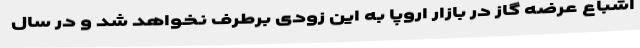
اشباع عرضه گاز در بازار اروپا به این زودی برطرف نخواهد شد و در سال